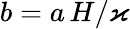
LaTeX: b=a\, H/\varkappa